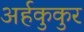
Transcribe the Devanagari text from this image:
अर्हकुकुर